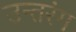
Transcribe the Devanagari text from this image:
उन्तरंग